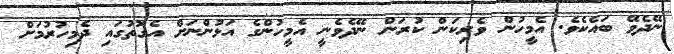
ނޭދެވޭ ބައެކެވެ. އެމީހުން ވެރިކަން ކުރަން ނޭދެވެނީ އެމީހުންގެ އަޅުންނަށް އެގޮތުގައި ދެމިހުރުމަށް